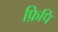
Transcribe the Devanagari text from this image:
फ़िपि